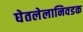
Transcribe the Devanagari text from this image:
घेतलेलानिवडक